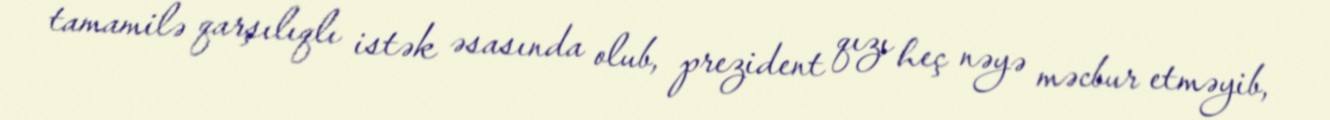
tamamilə qarşılıqlı istək əsasında olub, prezident qızı heç nəyə məcbur etməyib,